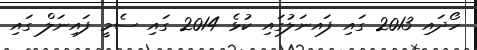
ހޯދައި 2013 ގައި ފައނަލުގައި ކުޅެ 2014 ގައި ސެމީ ފައިނަލް ގައި